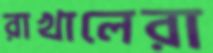
রাখালেরা